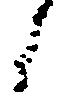
候